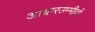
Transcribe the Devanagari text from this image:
आधारउम्मीदों